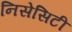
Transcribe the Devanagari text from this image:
निसेसिटी